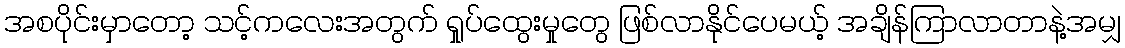
အစပိုင်းမှာတော့ သင့်ကလေးအတွက် ရှုပ်ထွေးမှုတွေ ဖြစ်လာနိုင်ပေမယ့် အချိန်ကြာလာတာနဲ့အမျှ